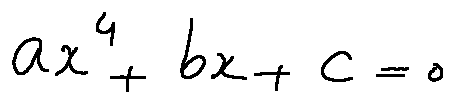
a x ^ { 4 } + b x + c = 0